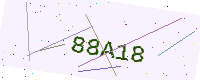
Text: 88A18